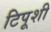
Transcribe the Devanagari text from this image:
टिपूशी